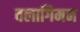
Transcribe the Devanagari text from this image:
वलागिमन